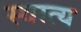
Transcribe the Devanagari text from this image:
स्थात्य